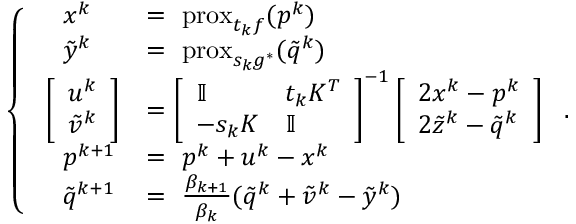
\left\{ \begin{array} { l l } { \quad x ^ { k } } & { = \, \, \mathrm { p r o x } _ { t _ { k } f } ( p ^ { k } ) } \\ { \quad \tilde { y } ^ { k } } & { = \, \, \mathrm { p r o x } _ { s _ { k } g ^ { * } } ( \tilde { q } ^ { k } ) } \\ { \, \, \left[ \begin{array} { l } { u ^ { k } } \\ { \tilde { v } ^ { k } } \end{array} \right] } & { = \left[ \begin{array} { l l } { \mathbb I } & { t _ { k } K ^ { T } } \\ { - s _ { k } K } & { \mathbb I } \end{array} \right] ^ { - 1 } \left[ \begin{array} { l } { 2 x ^ { k } - p ^ { k } } \\ { 2 \tilde { z } ^ { k } - \tilde { q } ^ { k } } \end{array} \right] } \\ { \quad p ^ { k + 1 } } & { = \, \, p ^ { k } + u ^ { k } - x ^ { k } } \\ { \quad \tilde { q } ^ { k + 1 } } & { = \, \, \frac { \beta _ { k + 1 } } { \beta _ { k } } ( \tilde { q } ^ { k } + \tilde { v } ^ { k } - \tilde { y } ^ { k } ) } \end{array} \right. .